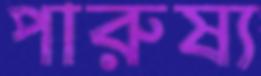
পারুষ্য